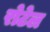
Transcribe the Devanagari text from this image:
रोटेल